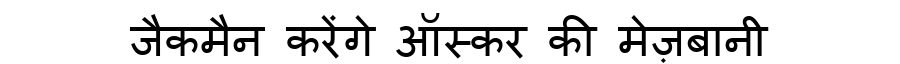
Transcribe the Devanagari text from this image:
जैकमैन करेंगे ऑस्कर की मेज़बानी